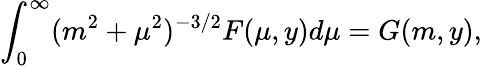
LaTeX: \int_{0}^{\infty}(m^{2}+\mu^{2})^{-3/2}F(\mu,y)d\mu=G(m,y),